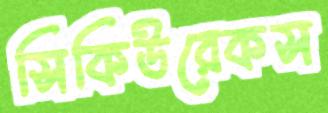
সিকিউরেকস